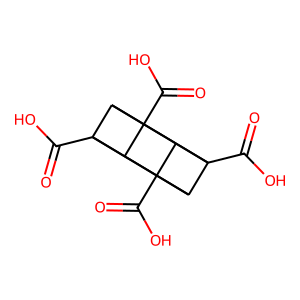
SMILES: O=C(O)C12C3C4(C(=O)O)C1C1(C(=O)O)C2C3(C(=O)O)C41
Inhibits HIV replication: No